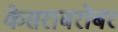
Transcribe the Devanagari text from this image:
केसराबरोबर